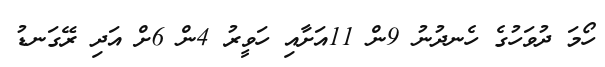
ހޯމަ ދުވަހުގެ ހެނދުނު 9ން 11އަށާއި ހަވީރު 4ން 6ށް އަދި ރޭގަނޑު